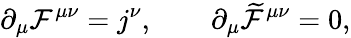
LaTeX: \partial_{\mu}\mathcal{F}^{\mu\nu}=j^{\nu},\qquad\partial_{\mu}\widetilde{{\mathcal{F}}}^{\mu\nu}=0,